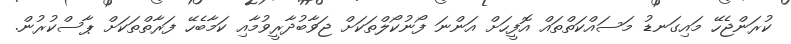
ކުރަންޖެހޭ މައިގަނޑު މަސައްކަތްތައް އޮފީހަށް އަންނަ ފޯނުކޯލްތަކަށް ޖަވާބުދާރީވުމާއި ކަމާބެހޭ ފަރާތްތަކަށް ޕާސްކުރުން.